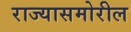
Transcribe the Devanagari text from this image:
राज्यासमोरील